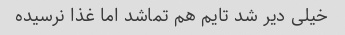
خیلی دیر شد تایم هم تماشد اما غذا نرسیده